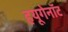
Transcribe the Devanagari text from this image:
हयूगेनॉट